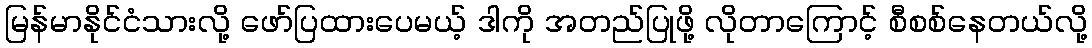
မြန်မာနိုင်ငံသားလို့ ဖော်ပြထားပေမယ့် ဒါကို အတည်ပြုဖို့ လိုတာကြောင့် စီစစ်နေတယ်လို့